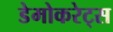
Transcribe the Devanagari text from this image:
डेमोकरेट्स